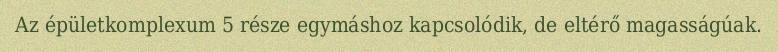
Az épületkomplexum 5 része egymáshoz kapcsolódik, de eltérő magasságúak.